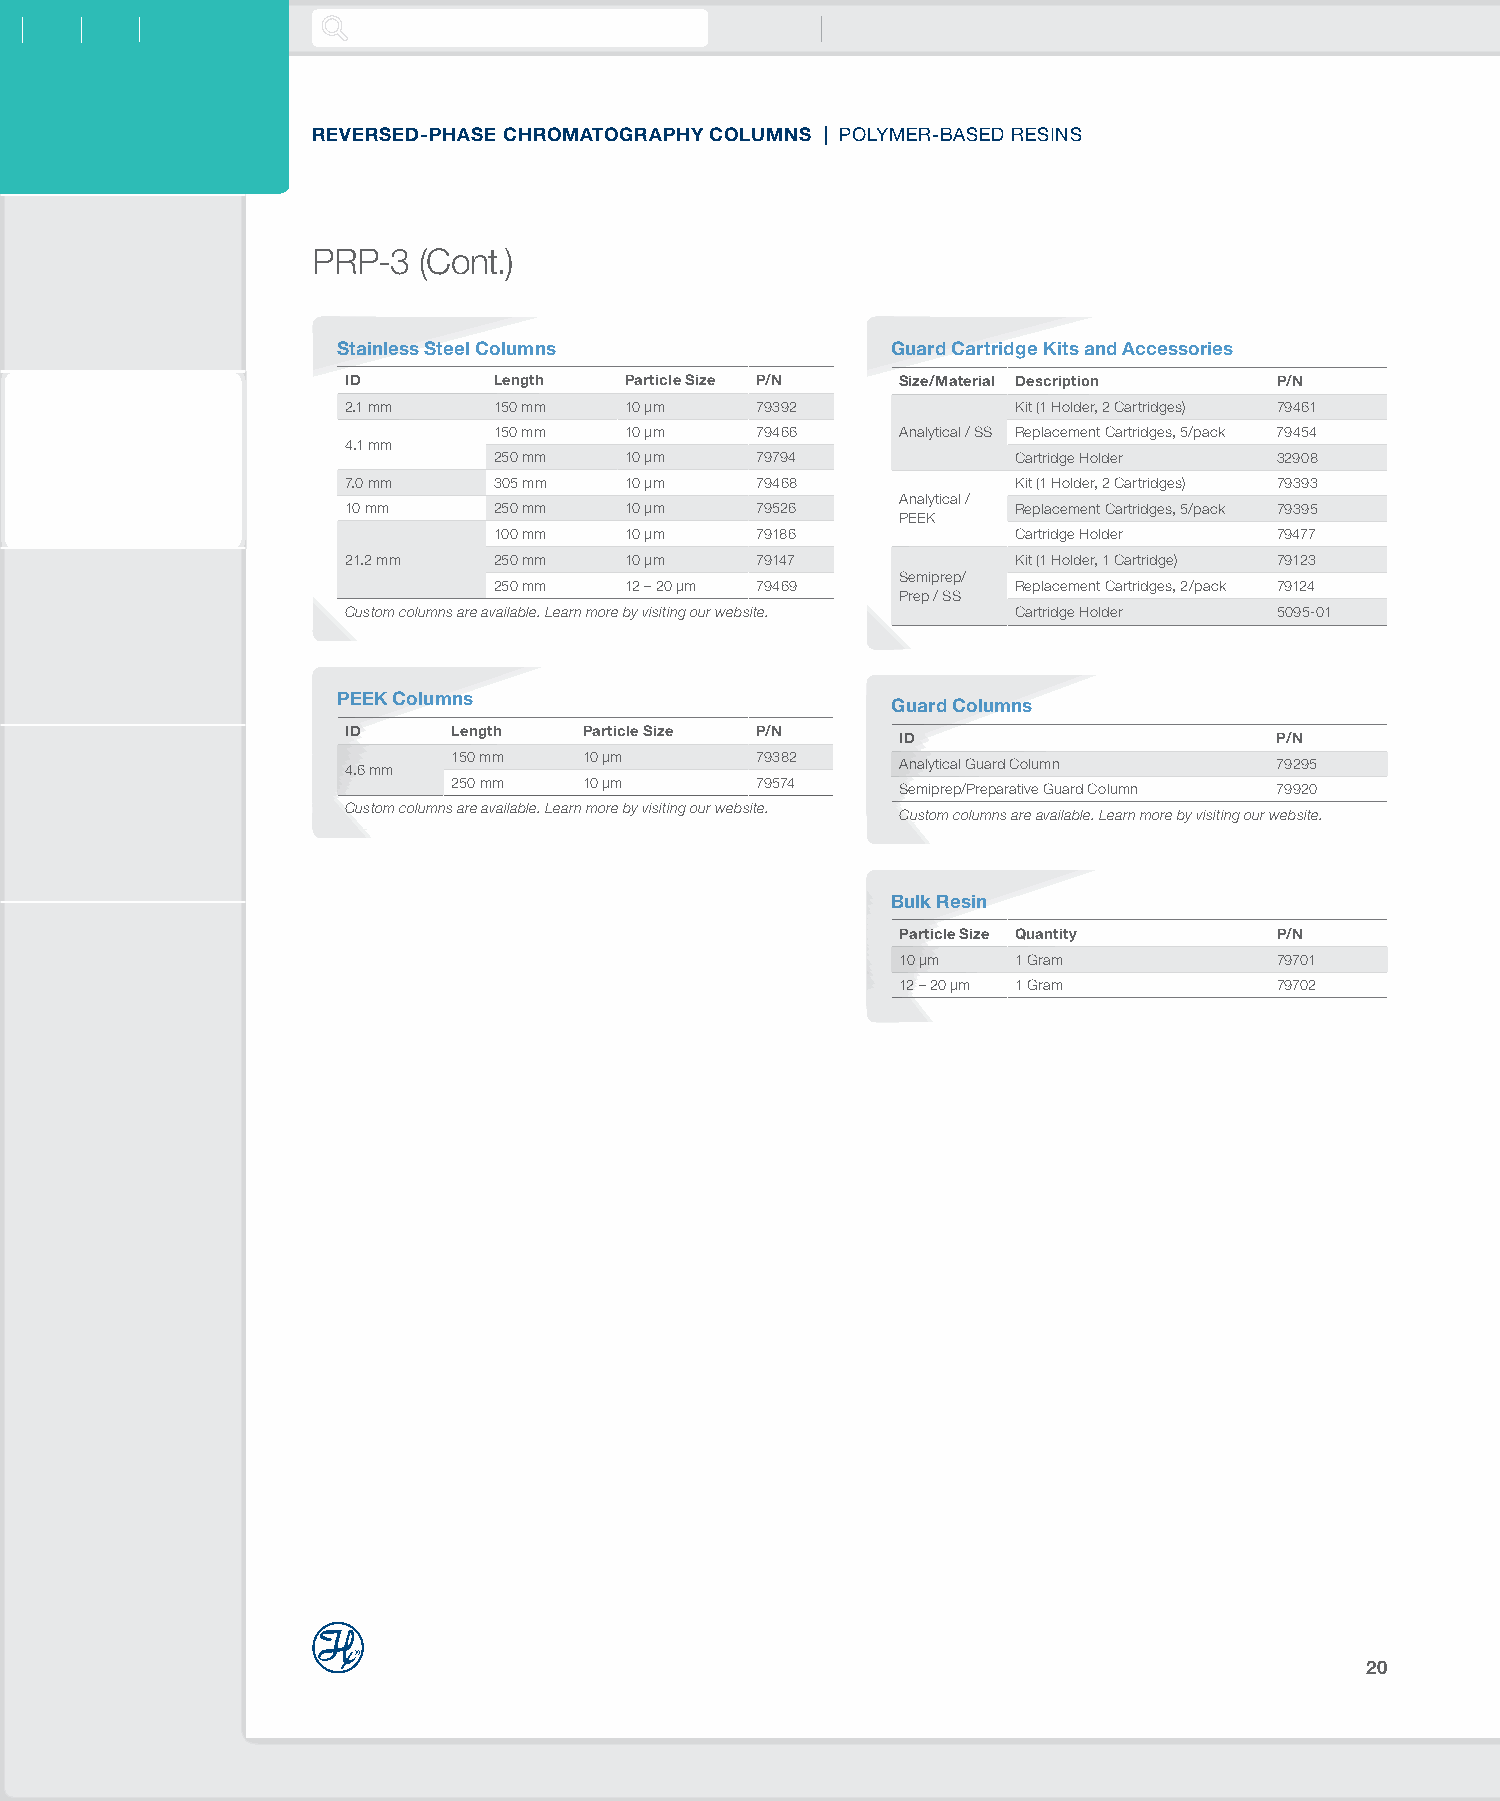
REVERSED-PHASE CHROMATOGRAPHY COLUMNS | POLYMER-BASED RESINS
 PRP-3  (Cont.)
 Stainless Steel Columns              Guard Cartridge Kits and Accessories
 ID        Length  Particle Size P/N  Size/Material Description P/N
 2.1 mm    150 mm  10 µm    79392            Kit (1 Holder, 2 Cartridges) 79461
 150 mm  10 µm    79466     Analytical / SS Replacement Cartridges, 5/pack 79454
 4.1 mm
 250 mm  10 µm    79794            Cartridge Holder  32908
 7.0 mm    305 mm  10 µm    79468            Kit (1 Holder, 2 Cartridges) 79393
 Analytical /
 10 mm     250 mm  10 µm    79526            Replacement Cartridges, 5/pack 79395
 PEEK
 100 mm  10 µm    79186            Cartridge Holder  79477
 21.2 mm   250 mm  10 µm    79147            Kit (1 Holder, 1 Cartridge) 79123
 Semiprep/
 250 mm  12 – 20 µm 79469          Replacement Cartridges, 2/pack 79124
 Prep / SS
 Custom columns are available. Learn more by visiting our website. Cartridge Holder 5095-01
 PEEK Columns
 Guard Columns
 ID     Length   Particle Size P/N
 ID                       P/N
 150 mm   10 µm      79382
 4.6 mm                               Analytical Guard Column  79295
 250 mm   10 µm      79574
 Semiprep/Preparative Guard Column 79920
 Custom columns are available. Learn more by visiting our website.
 Custom columns are available. Learn more by visiting our website.
 Bulk Resin
 Particle Size Quantity   P/N
 10 µm  1 Gram            79701
 12 – 20 µm 1 Gram        79702
 20